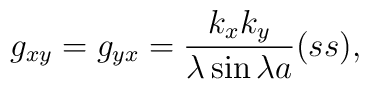
g_{xy}=g_{yx}={k_xk_y\over\lambda\sin\lambda a}(ss),